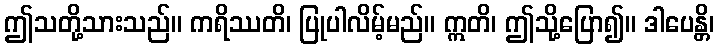
ဤသတို့သားသည်။ ကရိဿတိ၊ ပြုပါလိမ့်မည်။ ဣတိ၊ ဤသို့ပြော၍။ ဒါပေန္တိ၊